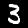
Digit: 3